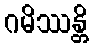
ဂမိဿန္တိ